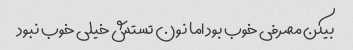
بیکن مصرفی خوب بود اما نون تستش خیلی خوب نبود